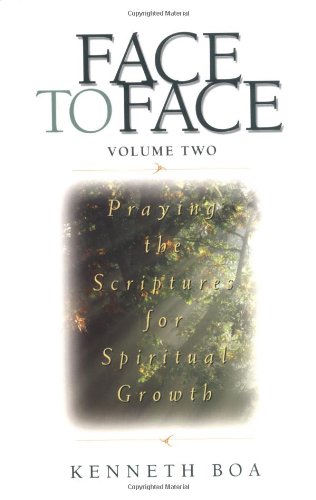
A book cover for Face to Face: Praying the Scriptures for Spiritual Growth; Kenneth D. Boa; Christian Books & Bibles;